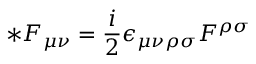
* F _ { \mu \nu } = \frac { i } { 2 } \epsilon _ { \mu \nu \rho \sigma } F ^ { \rho \sigma }